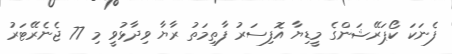
ފެނަކަ ކޯޕަރޭޝަންގެ މީޑިޔާ އޮފިސަރު ފާތިމަތު ރާޔާ ވިދާޅުވީ މި 77 ޖެނެރޭޓަރު